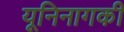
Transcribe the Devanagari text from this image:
यूनिनागकी